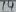
Text: 14